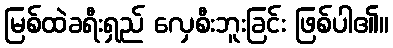
မြစ်ထဲခရီးရှည် လှေစီးဘူးခြင်း ဖြစ်ပါ၏။